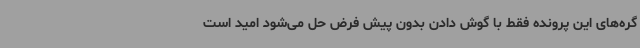
گره‌های این پرونده فقط با گوش دادن بدون پیش فرض حل می‌شود امید است